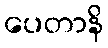
ပေတာနိ